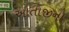
આતાજીનો